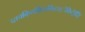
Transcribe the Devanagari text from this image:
घ्तचकि्तकि्तकिटत्ेकिटे्ति्ि